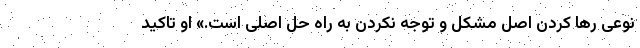
نوعی رها کردن اصل مشکل و توجه نکردن به راه حل اصلی است.» او تاکید